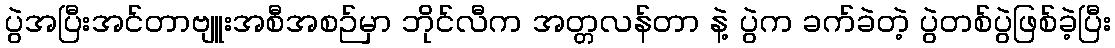
ပွဲအပြီးအင်တာဗျူးအစီအစဉ်မှာ ဘိုင်လီက အတ္တလန်တာ နဲ့ ပွဲက ခက်ခဲတဲ့ ပွဲတစ်ပွဲဖြစ်ခဲ့ပြီး